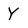
Character: Y